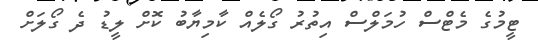
ޓީމުގެ މެޓްސް ހުމަލްސް އިތުރު ގޯލެއް ކާމިޔާބު ކޮށް ލީޑު ދެ ގޯލަށް